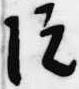
院